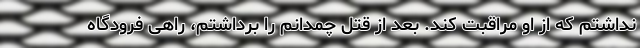
نداشتم که از او مراقبت کند. بعد از قتل چمدانم را برداشتم، راهی فرودگاه